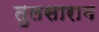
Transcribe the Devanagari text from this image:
तुलसाराम